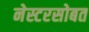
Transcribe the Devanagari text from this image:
नेस्टरसोबत